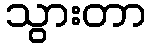
သွားတာ